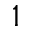
1